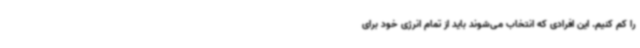
را کم کنیم. این افرادی که انتخاب می‌شوند باید از تمام انرژی خود برای